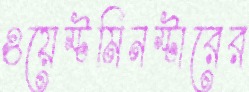
ওয়েস্টমিনস্টারের